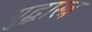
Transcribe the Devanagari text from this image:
युद्धास्त्र